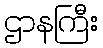
ဌာနကြီး